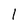
Character: 1